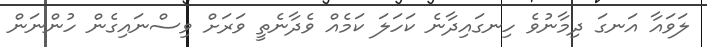
ލަވައާ އަނގަ ދިމާނުވެ ހިނގައިދާނެ ކަހަލަ ކަމެއް ވެދާނެތީ ވަރަށް ވިސްނައިގެން ހުންނަން